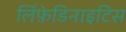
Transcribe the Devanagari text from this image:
लिंफ़ेडिनाइटिस